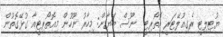
ޔުޓިލިޓީ ރެގިއުލޭޓަރީ އޮތޯރިޓީ  ނޫސް ބަޔާން: މިހާރު ނޫހުން މިއޮތޯރިޓީއާ ގުޅޭގޮތުން